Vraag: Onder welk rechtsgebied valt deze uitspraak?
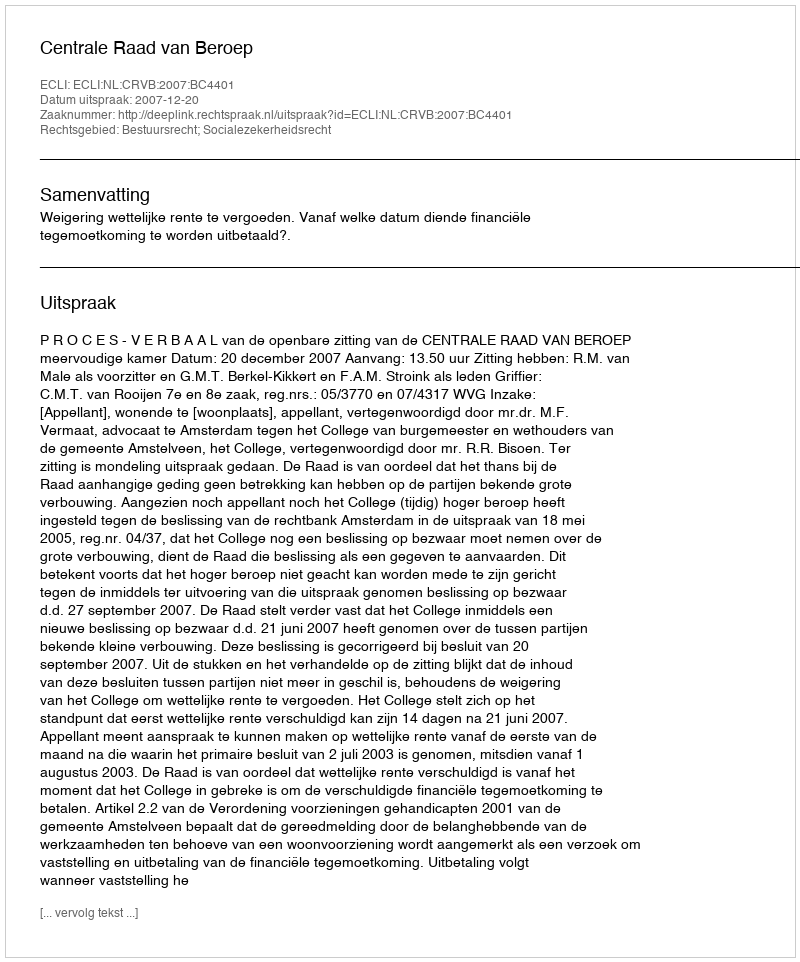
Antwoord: Bestuursrecht; Socialezekerheidsrecht